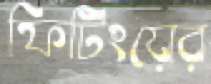
ফিটিংয়ের